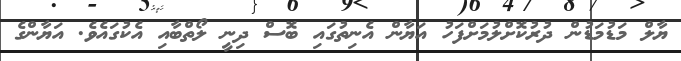
ޔާލް މަޑުމަޑުން ދުރުކޮށްލުމަށްފަހު އަޔާން އެނިތުގައި ބޮސް ދިނީ ލޯތްބާއި އެކުގައެވެ. އަޔާންގެ